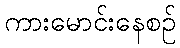
ကားမောင်းနေစဉ်